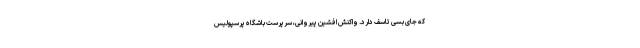
که جای بسی تاسف دارد. واکنش افشین پیروانی، سرپرست باشگاه پرسپولیس